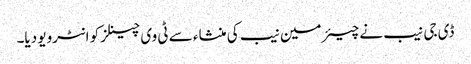
ڈی جی نیب نے چیئرمین نیب کی منشاء سے ٹی وی چینلز کو انٹرویو دیا۔